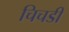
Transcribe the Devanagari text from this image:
चिचडी